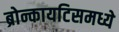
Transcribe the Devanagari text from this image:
ब्रोन्कायटिसमध्ये